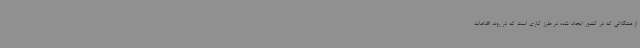
از مشکلاتی که در کشور ایجاد شده در طرز کاری است که در روند اقدامات